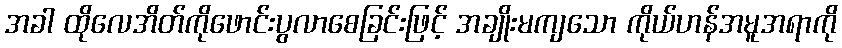
အခါ ထိုလေအိတ်ကိုဖောင်းပွလာစေခြင်းဖြင့် အချိုးမကျသော ကိုယ်ဟန်အမူအရာကို